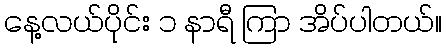
နေ့လယ်ပိုင်း ၁ နာရီ ကြာ အိပ်ပါတယ်။